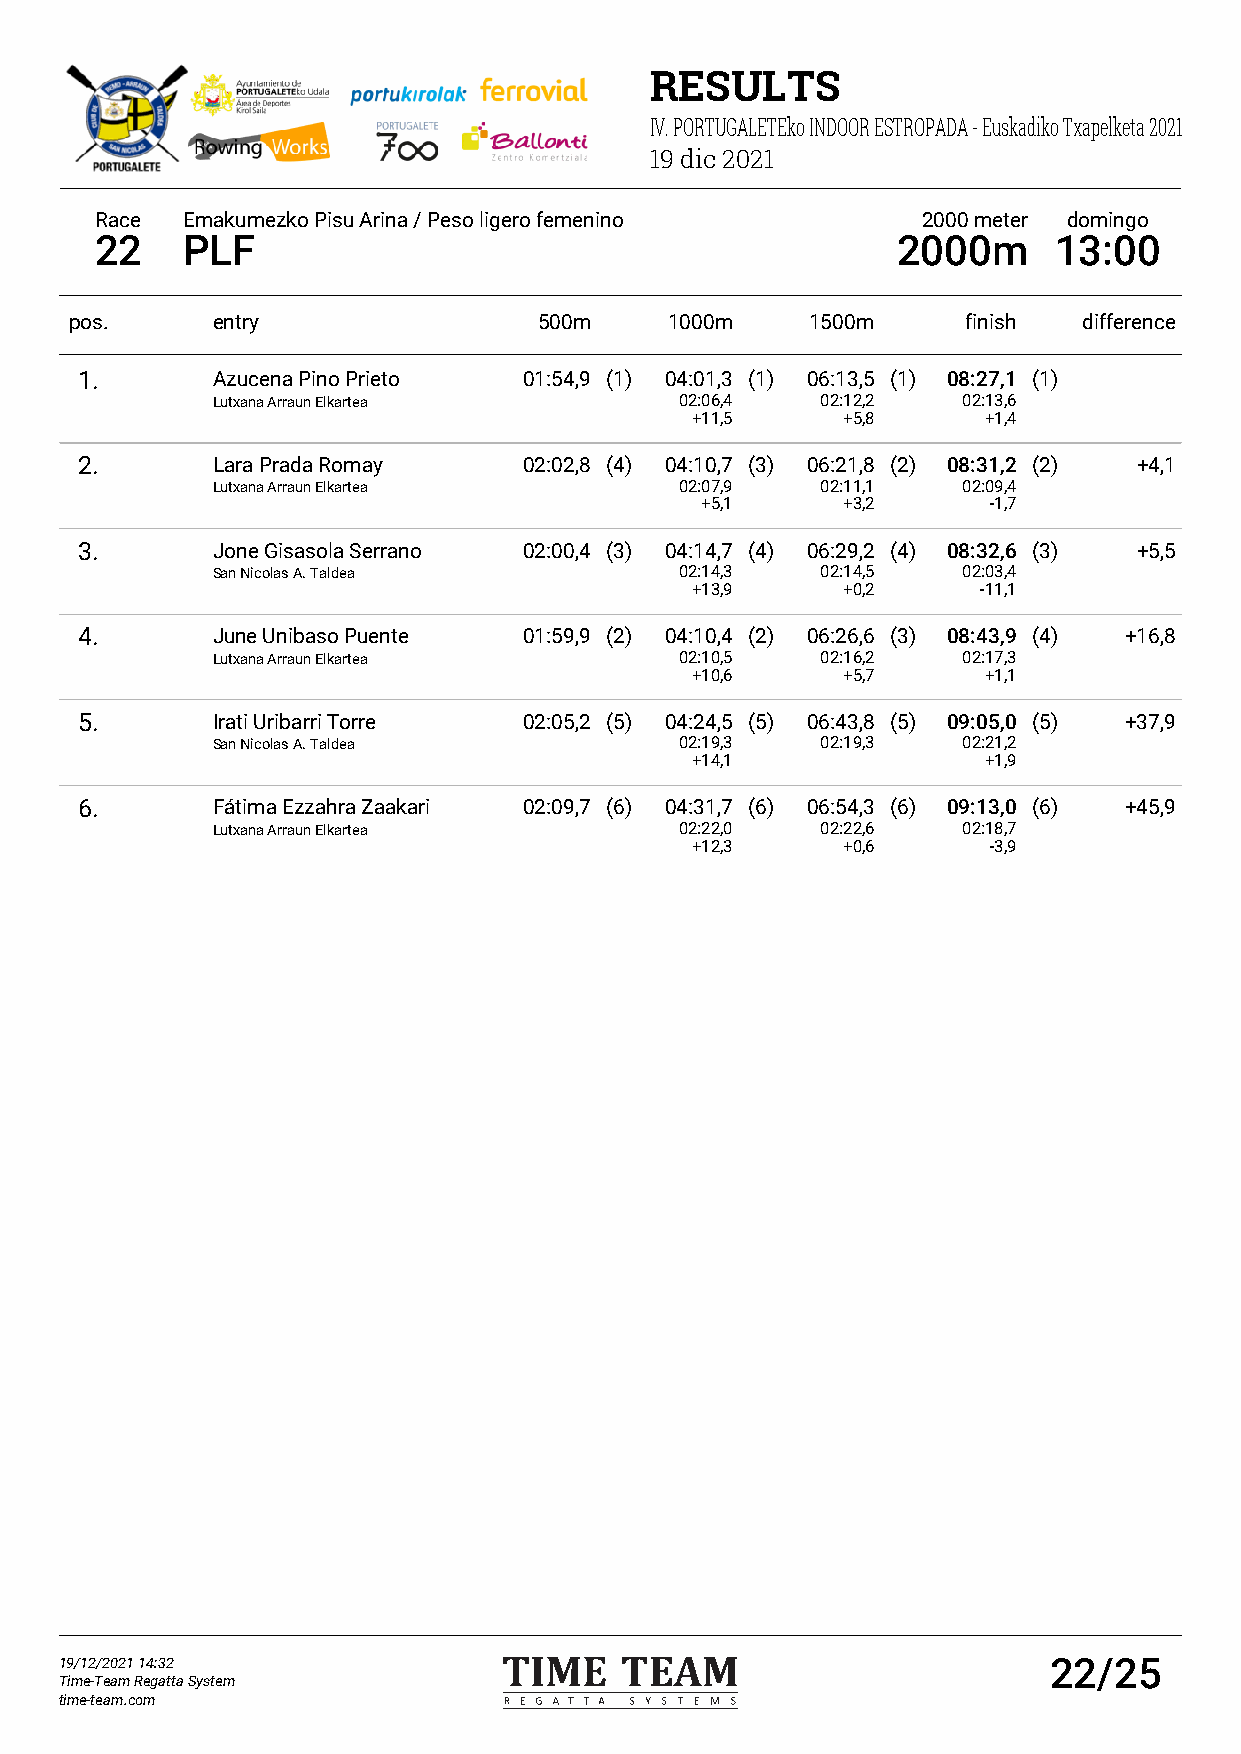
RESULTS
 IV. PORTUGALETEko INDOOR ESTROPADA - Euskadiko Txapelketa 2021
 19 dic 2021
 Race  Emakumezko Pisu Arina / Peso ligero femenino     2000 meter domingo
 22    PLF                                            2000m      13:00
 pos.     entry                 500m    1000m     1500m     finish  difference
 1.       Azucena Pino Prieto  01:54,9 (1) 04:01,3 (1) 06:13,5 (1) 08:27,1 (1)
 Lutxana Arraun Elkartea        02:06,4  02:12,2   02:13,6
 +11,5     +5,8     +1,4
 2.       Lara Prada Romay     02:02,8 (4) 04:10,7 (3) 06:21,8 (2) 08:31,2 (2) +4,1
 Lutxana Arraun Elkartea        02:07,9  02:11,1   02:09,4
 +5,1      +3,2     -1,7
 3.       Jone Gisasola Serrano 02:00,4 (3) 04:14,7 (4) 06:29,2 (4) 08:32,6 (3) +5,5
 San Nicolas A. Taldea          02:14,3  02:14,5   02:03,4
 +13,9     +0,2     -11,1
 4.       June Unibaso Puente  01:59,9 (2) 04:10,4 (2) 06:26,6 (3) 08:43,9 (4) +16,8
 Lutxana Arraun Elkartea        02:10,5  02:16,2   02:17,3
 +10,6     +5,7     +1,1
 5.       Irati Uribarri Torre 02:05,2 (5) 04:24,5 (5) 06:43,8 (5) 09:05,0 (5) +37,9
 San Nicolas A. Taldea          02:19,3  02:19,3   02:21,2
 +14,1              +1,9
 6.       Fátima Ezzahra Zaakari 02:09,7 (6) 04:31,7 (6) 06:54,3 (6) 09:13,0 (6) +45,9
 Lutxana Arraun Elkartea        02:22,0  02:22,6   02:18,7
 +12,3     +0,6     -3,9
 19/12/2021 14:32                                                 22/25
 Time-Team Regatta System
 time-team.com